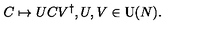
C \mapsto U C V ^ { \dagger } , U , V \in \mathrm { U } ( N ) .